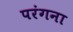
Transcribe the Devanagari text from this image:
परंगना